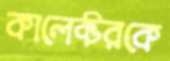
কালেক্টরকে